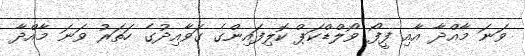
ވަނަ މާއްދާ އާއި ފީފޯ ވޯލްޑްކަޕް ކޮލިފައިންގެ ގަވާއިދުގެ ހަތަރު ވަނަ މާއްދާ